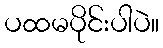
ပထမပိုင်းပါပဲ။